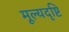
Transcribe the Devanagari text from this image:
मूल्यदृष्टि